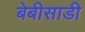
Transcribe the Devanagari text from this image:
बेबीसाडी